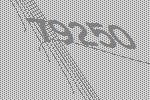
79250